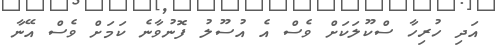
އަދި ހުރިހާ ސްކޫލަކަށް ވެސް އެ އުސޫލު ފޮނުވާނެ ކަމަށް ވެސް އޭނާ